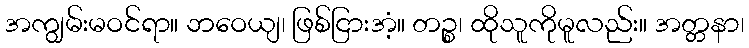
အကျွမ်းမဝင်ရာ။ ဘဝေယျ၊ ဖြစ်ငြားအံ့။ တဉ္စ၊ ထိုသူကိုမူလည်း။ အတ္တနာ၊